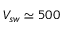
V _ { s w } \simeq 5 0 0